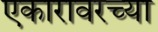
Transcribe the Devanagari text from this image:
एकारावरच्या